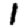
Digit: 1